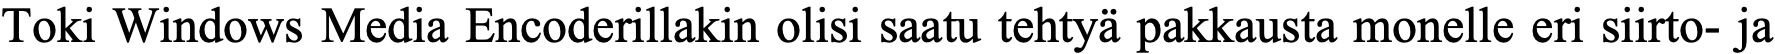
Toki Windows Media Encoderillakin olisi saatu tehtyä pakkausta monelle eri siirto- ja